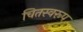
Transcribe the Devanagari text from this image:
चितस्वरूप